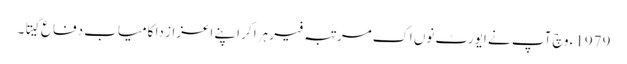
1979ء وچ آپ نے ایورٹ نو‏‏ں اک مرتبہ فیر ہرا کر اپنے اعزاز دا کامیاب دفاع کیتا۔